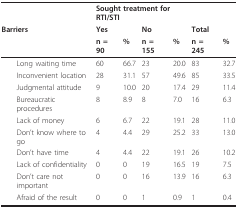
<table><thead><tr><td></td><td colspan="4"><b>Sought treatment for RTI/STI</b></td><td></td><td></td></tr><tr><td><b>Barriers</b></td><td><b>Yes</b></td><td></td><td><b>No</b></td><td></td><td><b>Total</b></td><td></td></tr><tr><td></td><td><b>n = 90</b></td><td><b>%</b></td><td><b>n = 155</b></td><td><b>%</b></td><td><b>n = 245</b></td><td><b>%</b></td></tr></thead><tbody><tr><td> Long waiting time</td><td>60</td><td>66.7</td><td>23</td><td>20.0</td><td>83</td><td>32.7</td></tr><tr><td> Inconvenient location</td><td>28</td><td>31.1</td><td>57</td><td>49.6</td><td>85</td><td>33.5</td></tr><tr><td> Judgmental attitude</td><td>9</td><td>10.0</td><td>20</td><td>17.4</td><td>29</td><td>11.4</td></tr><tr><td> Bureaucratic procedures</td><td>8</td><td>8.9</td><td>8</td><td>7.0</td><td>16</td><td>6.3</td></tr><tr><td> Lack of money</td><td>6</td><td>6.7</td><td>22</td><td>19.1</td><td>28</td><td>11.0</td></tr><tr><td> Don&#x27;t know where to go</td><td>4</td><td>4.4</td><td>29</td><td>25.2</td><td>33</td><td>13.0</td></tr><tr><td> Don&#x27;t have time</td><td>4</td><td>4.4</td><td>22</td><td>19.1</td><td>26</td><td>10.2</td></tr><tr><td> Lack of confidentiality</td><td>0</td><td>0</td><td>19</td><td>16.5</td><td>19</td><td>7.5</td></tr><tr><td> Don&#x27;t care not important</td><td>0</td><td>0</td><td>16</td><td>13.9</td><td>16</td><td>6.3</td></tr><tr><td> Afraid of the result</td><td>0</td><td>0</td><td>1</td><td>0.9</td><td>1</td><td>0.4</td></tr></tbody></table>